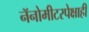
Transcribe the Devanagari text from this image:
नॅनोमीटरपेक्षाही